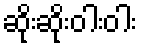
ဆိုးဆိုးဝါးဝါး